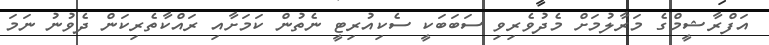
އަފްރާޝީމްގެ މަރާލުމަށް މެދުވެރިވި ސަބަބަކީ ސެކިއުރިޓީ ނެތުން ކަމަށާއި ރައްކާތެރިކަން ދެވުނު ނަމަ